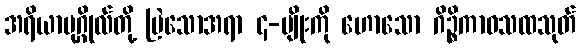
အရိယာပုဂ္ဂိုလ်တို့ မြဲသောအရာ ၄-မျိုးကို ဟောသော ဂိဉ္စိကာဝသထသုတ်